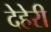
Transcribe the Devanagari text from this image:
देहेरी